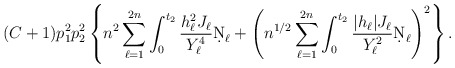
\begin{align*} (C+1) p_1^2 p_2^2 \left\{ n^2 \sum_{\ell=1}^{2n} \int_0^{t_2} \frac{h_\ell^2 J_\ell}{Y_\ell^4} \d N_\ell + \left( n^{1/2} \sum_{\ell=1}^{2n} \int_0^{t_2} \frac{|h_\ell| J_\ell}{Y_\ell^2} \d N_\ell \right)^2 \right\}. \end{align*}